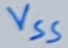
Text: VSS